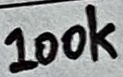
Text: 100k